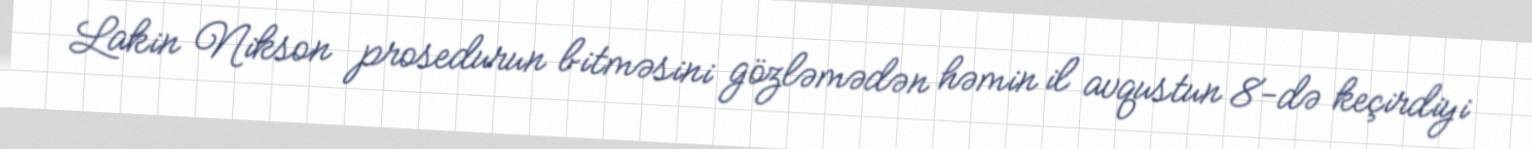
Lakin Nikson prosedurun bitməsini gözləmədən həmin il avqustun 8-də keçirdiyi